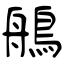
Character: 鵃